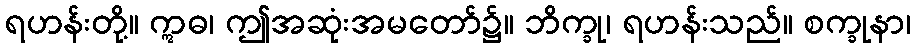
ရဟန်းတို့။ ဣဓ၊ ဤအဆုံးအမတော်၌။ ဘိက္ခု၊ ရဟန်းသည်။ စက္ခုနာ၊